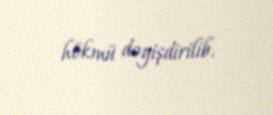
hökmü dəyişdirilib.